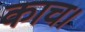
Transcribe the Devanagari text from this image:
काच।